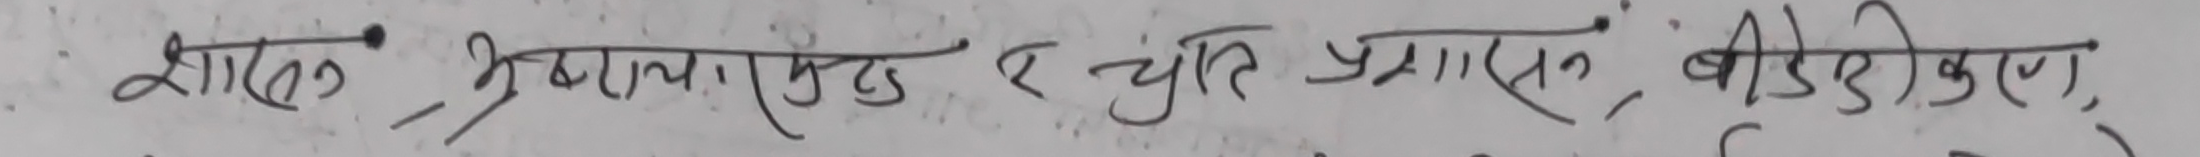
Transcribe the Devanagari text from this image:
शास्त्रीय, श्री भगवत्प्रसङ्गः, बॉडीकरण